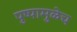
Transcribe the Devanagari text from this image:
पुष्पामुळेच